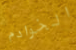
الخوادم